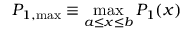
P _ { 1 , \mathrm { m a x } } \equiv \operatorname* { m a x } _ { a \le x \le b } P _ { 1 } ( x )